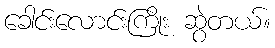
ခေါင်းလောင်းကြိုး ဆွဲတယ်။